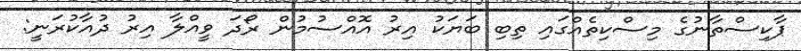
ޕާކިސްތާނުގެ މިސްކިތެއްގައި ތިބި ބަޔަކު އިރު އޮއްސުމުން ރޯދަ ވީއްލާ އިރު ދުއާކުރަނީ: